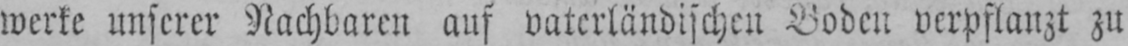
werke unserer Nachbaren auf vaterländischen Boden verpflanzt zu